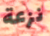
نزعة